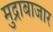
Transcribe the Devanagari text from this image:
मुद्राबाजार